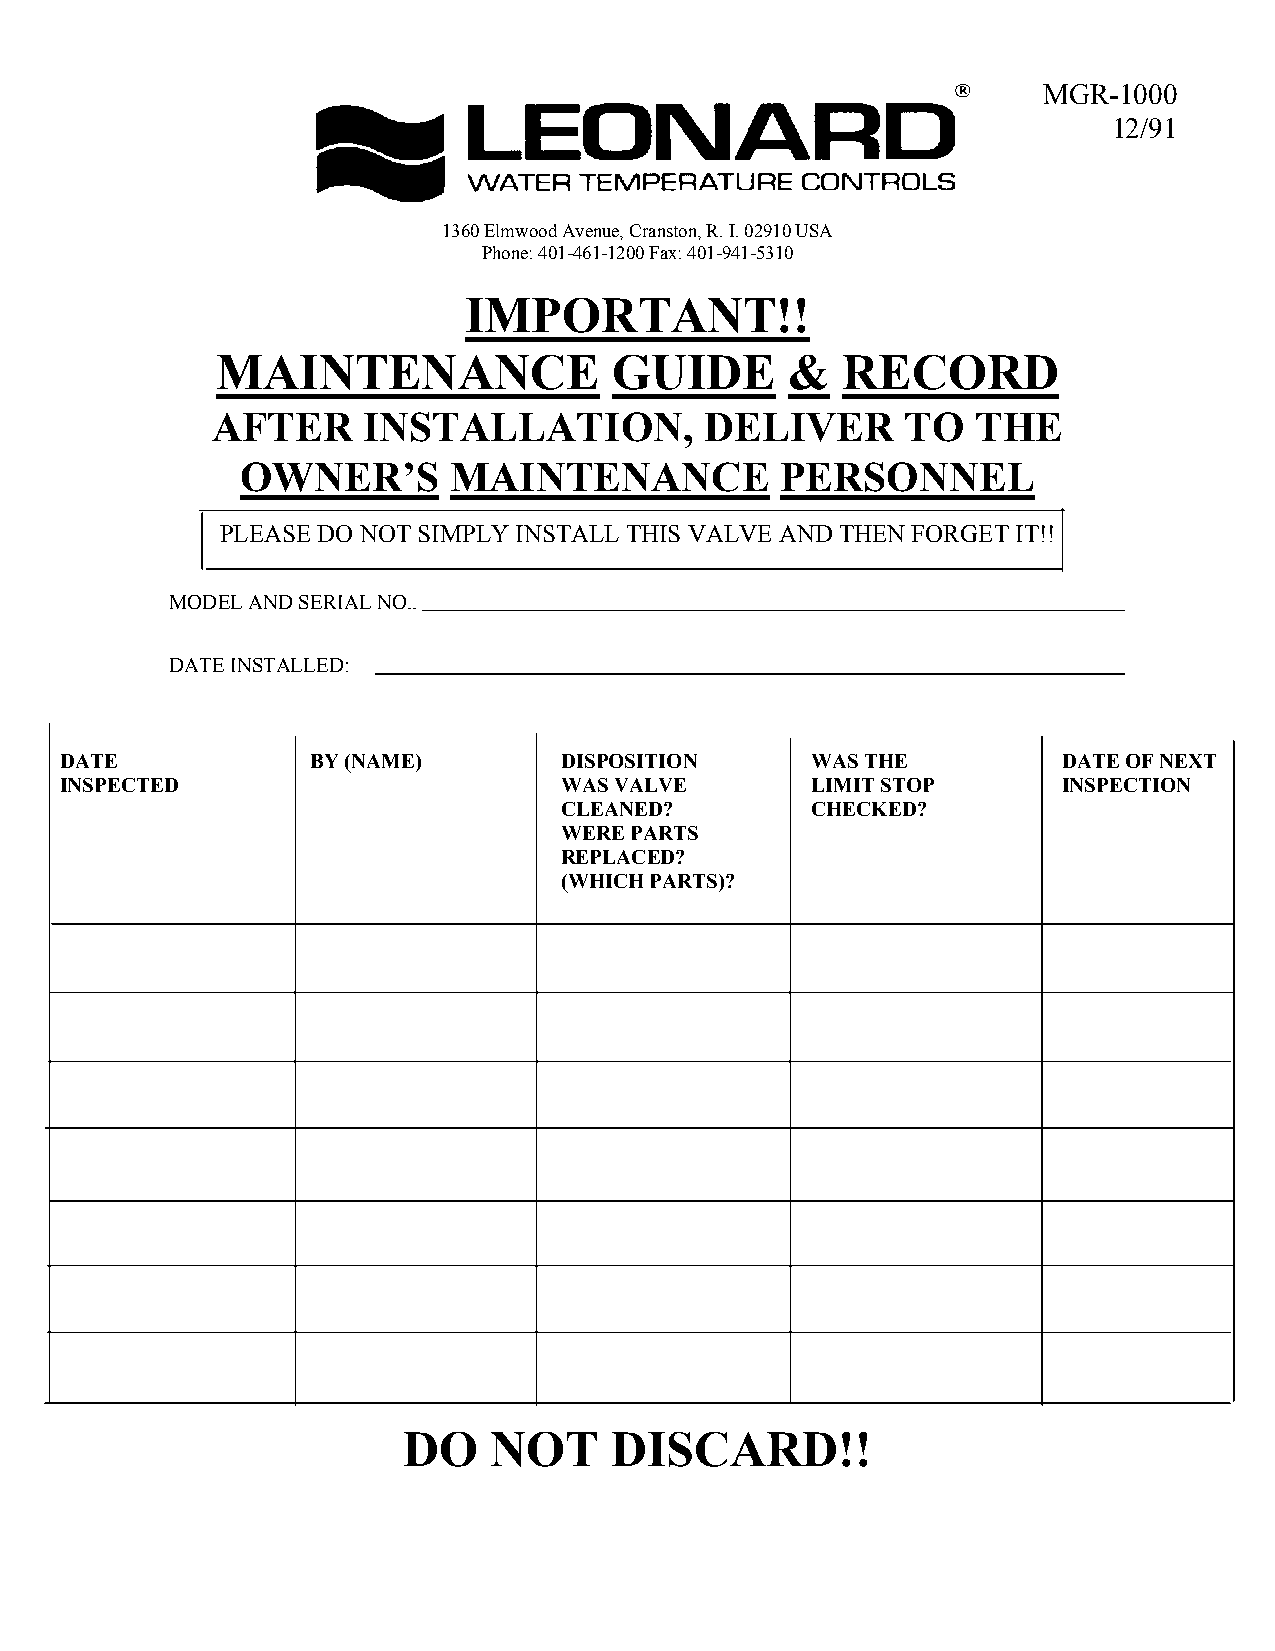
MGR-1000
 12/91
 1360 Elmwood Avenue, Cranston, R. I. 02910 USA
 Phone: 401-461-1200 Fax: 401-941-5310
 IMPORTANT!!
 MAINTENANCE                GUIDE      &   RECORD
 AFTER     INSTALLATION,          DELIVER      TO   THE
 OWNER’S       MAINTENANCE           PERSONNEL
 PLEASE DO NOT SIMPLY INSTALL THIS VALVE AND THEN FORGET IT!!
 MODEL AND SERIAL NO..
 DATE INSTALLED:
 DATE             BY (NAME)       DISPOSITION      WAS THE         DATE OF NEXT
 INSPECTED                        WAS VALVE        LIMIT STOP      INSPECTION
 CLEANED?         CHECKED?
 WERE PARTS
 REPLACED?
 (WHICH PARTS)?
 DO   NOT     DISCARD!!